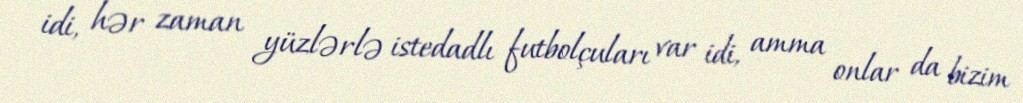
idi, hər zaman yüzlərlə istedadlı futbolçuları var idi, amma onlar da bizim